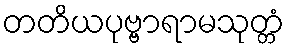
တတိယပုဗ္ဗာရာမသုတ္တံ